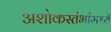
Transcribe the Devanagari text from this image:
अशोकस्तंभांमध्ये